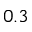
0 . 3